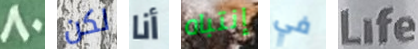
80 لكن أنا إنتباه في Life